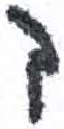
אות: ך